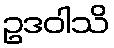
ဥဒဝါသိ